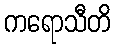
ကရောသီတိ